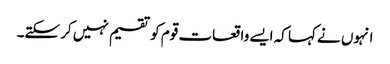
انہوں نے کہا کہ ایسے واقعات قوم کو تقسیم نہیں کر سکتے۔